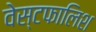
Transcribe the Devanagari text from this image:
वेस्टफालिश